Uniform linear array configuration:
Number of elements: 16
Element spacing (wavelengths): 0.25
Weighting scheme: exponential
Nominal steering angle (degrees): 0
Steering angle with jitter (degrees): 1.275
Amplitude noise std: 0.05
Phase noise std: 0.05

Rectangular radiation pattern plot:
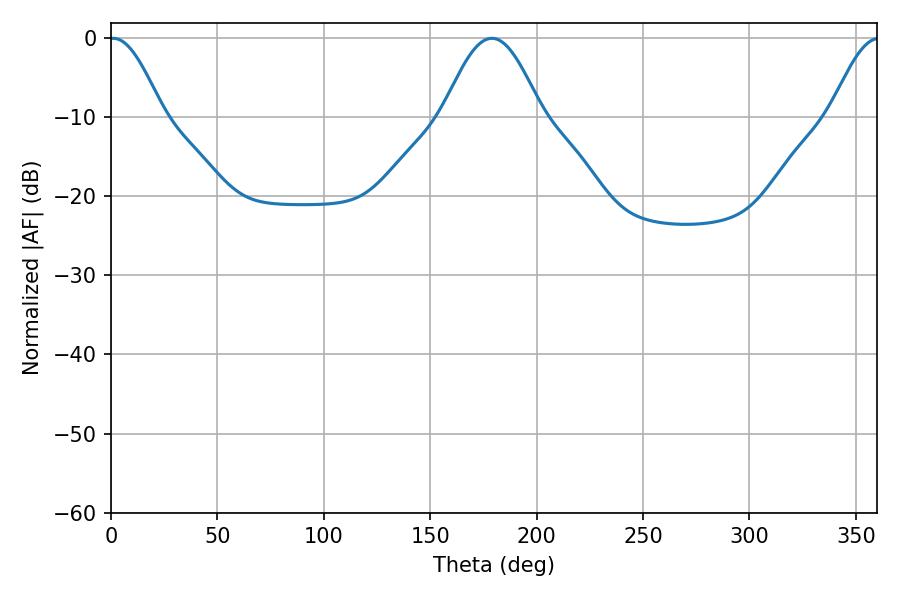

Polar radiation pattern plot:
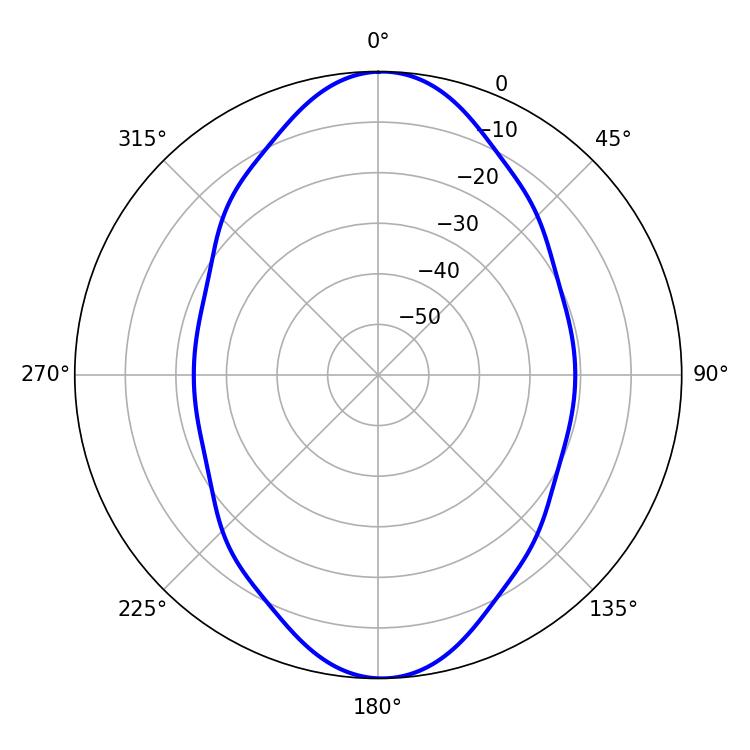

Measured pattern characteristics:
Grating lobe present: FALSE
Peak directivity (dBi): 19.811
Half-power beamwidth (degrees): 13.5
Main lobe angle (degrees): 1.08